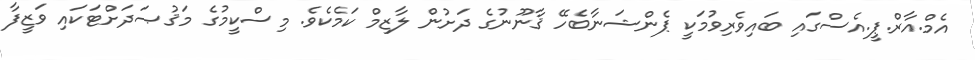
އެމް.އާރް.ޕީ.އެސްގައި ބައިވެރިވުމަކީ ޕެންޝަނާބެހޭ ޤާނޫނުގެ ދަށުން ލާޒިމް ކަމެކެވެ. މިސްކީމުގެ މަޤުޞަދަށްޓަކައި ވަޒީފާ